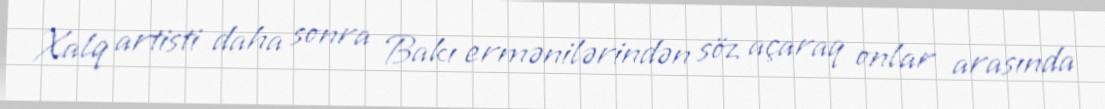
Xalq artisti daha sonra Bakı ermənilərindən söz açaraq onlar arasında